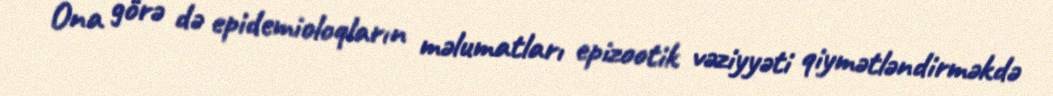
Ona görə də epidemioloqların məlumatları epizootik vəziyyəti qiymətləndirməkdə